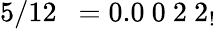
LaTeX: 5/12\ \ =0.0\ 0\ 2\ 2_{!}